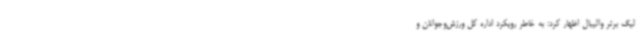
لیگ برتر والیبال اظهار کرد: به خاطر رویکرد اداره کل ورزش‌وجوانان و